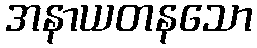
အနာယတနသော